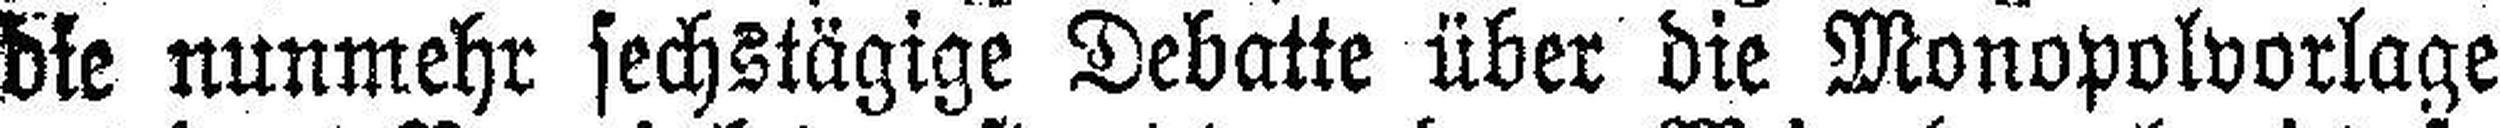
die nunmehr sechstägige Debatte über die Monopolvorlage